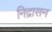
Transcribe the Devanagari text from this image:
निद्रासन